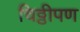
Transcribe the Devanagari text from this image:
चिठ्ठीपण